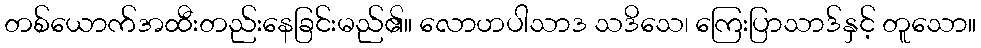
တစ်ယောက်အထီးတည်းနေခြင်းမည်၏။ လောဟပါသာဒ သဒိသေ၊ ကြေးပြာသာဒ်နှင့် တူသော။